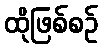
ထိုဖြစ်စဉ်